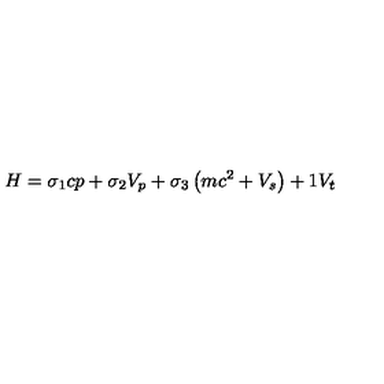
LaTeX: H = \sigma _ { 1 } c p + \sigma _ { 2 } V _ { p } + \sigma _ { 3 } \left( m c ^ { 2 } + V _ { s } \right) + 1 V _ { t }